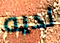
لديه